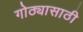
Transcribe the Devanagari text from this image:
गोठ्यासाठी